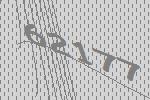
62177